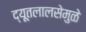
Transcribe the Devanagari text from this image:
द्यूतलालसेमुळे